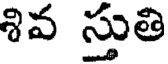
శివ స్తుతి